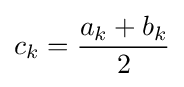
c_{k}={\frac {a_{k}+b_{k}}{2}}